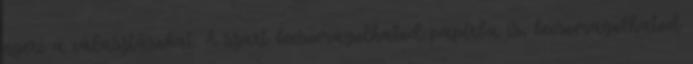
nyeri a választásokat. A szart becsomagolhatod papírba is, becsomagolhatod